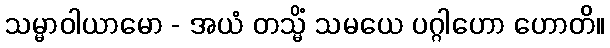
သမ္မာဝါယာမော - အယံ တသ္မိံ သမယေ ပဂ္ဂါဟော ဟောတိ။